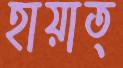
হায়াত্